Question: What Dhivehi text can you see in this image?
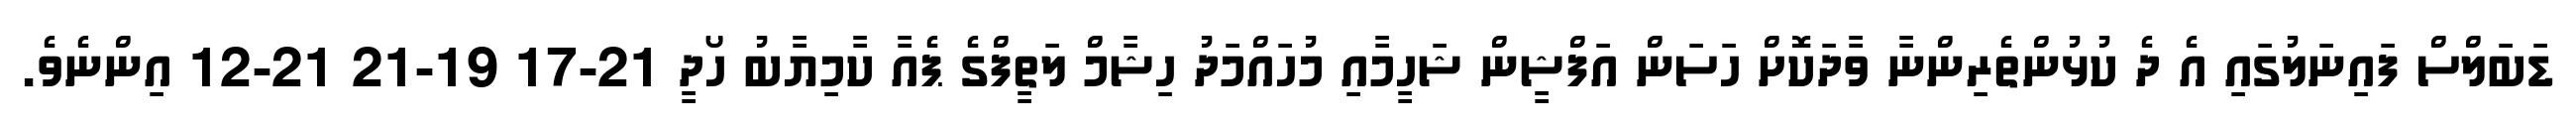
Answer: ޑަބަލްސް ފައިނަލުގައި އެ ދެ ކުޅުންތެރިންނާ ވާދަކޮށް ހަސަން އަފްޝީން ޝަހީމާއި މުހައްމަދު ހިޝާމް ލަތީފްގެ ޕެއާ ކާމިޔާބު ހޯދީ 21-17 19-21 21-12 އިންނެވެ.